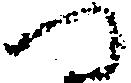
へ